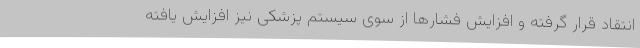
انتقاد قرار گرفته و افزایش فشارها از سوی سیستم پزشکی نیز افزایش یافته